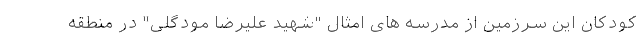
کودکان این سرزمین از مدرسه های امثال "شهید علیرضا مودگلی" در منطقه